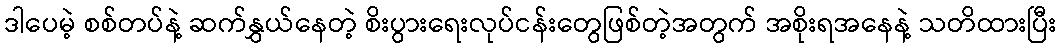
ဒါပေမဲ့ စစ်တပ်နဲ့ ဆက်နွှယ်နေတဲ့ စိးပွားရေးလုပ်ငန်းတွေဖြစ်တဲ့အတွက် အစိုးရအနေနဲ့ သတိထားပြီး